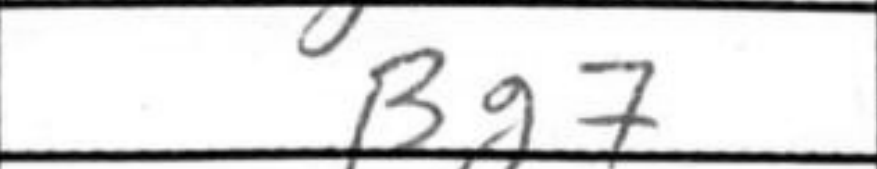
Transcription: Bg7